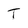
Character: T